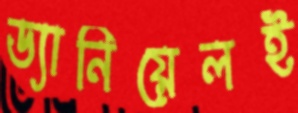
ড্যানিয়েলই